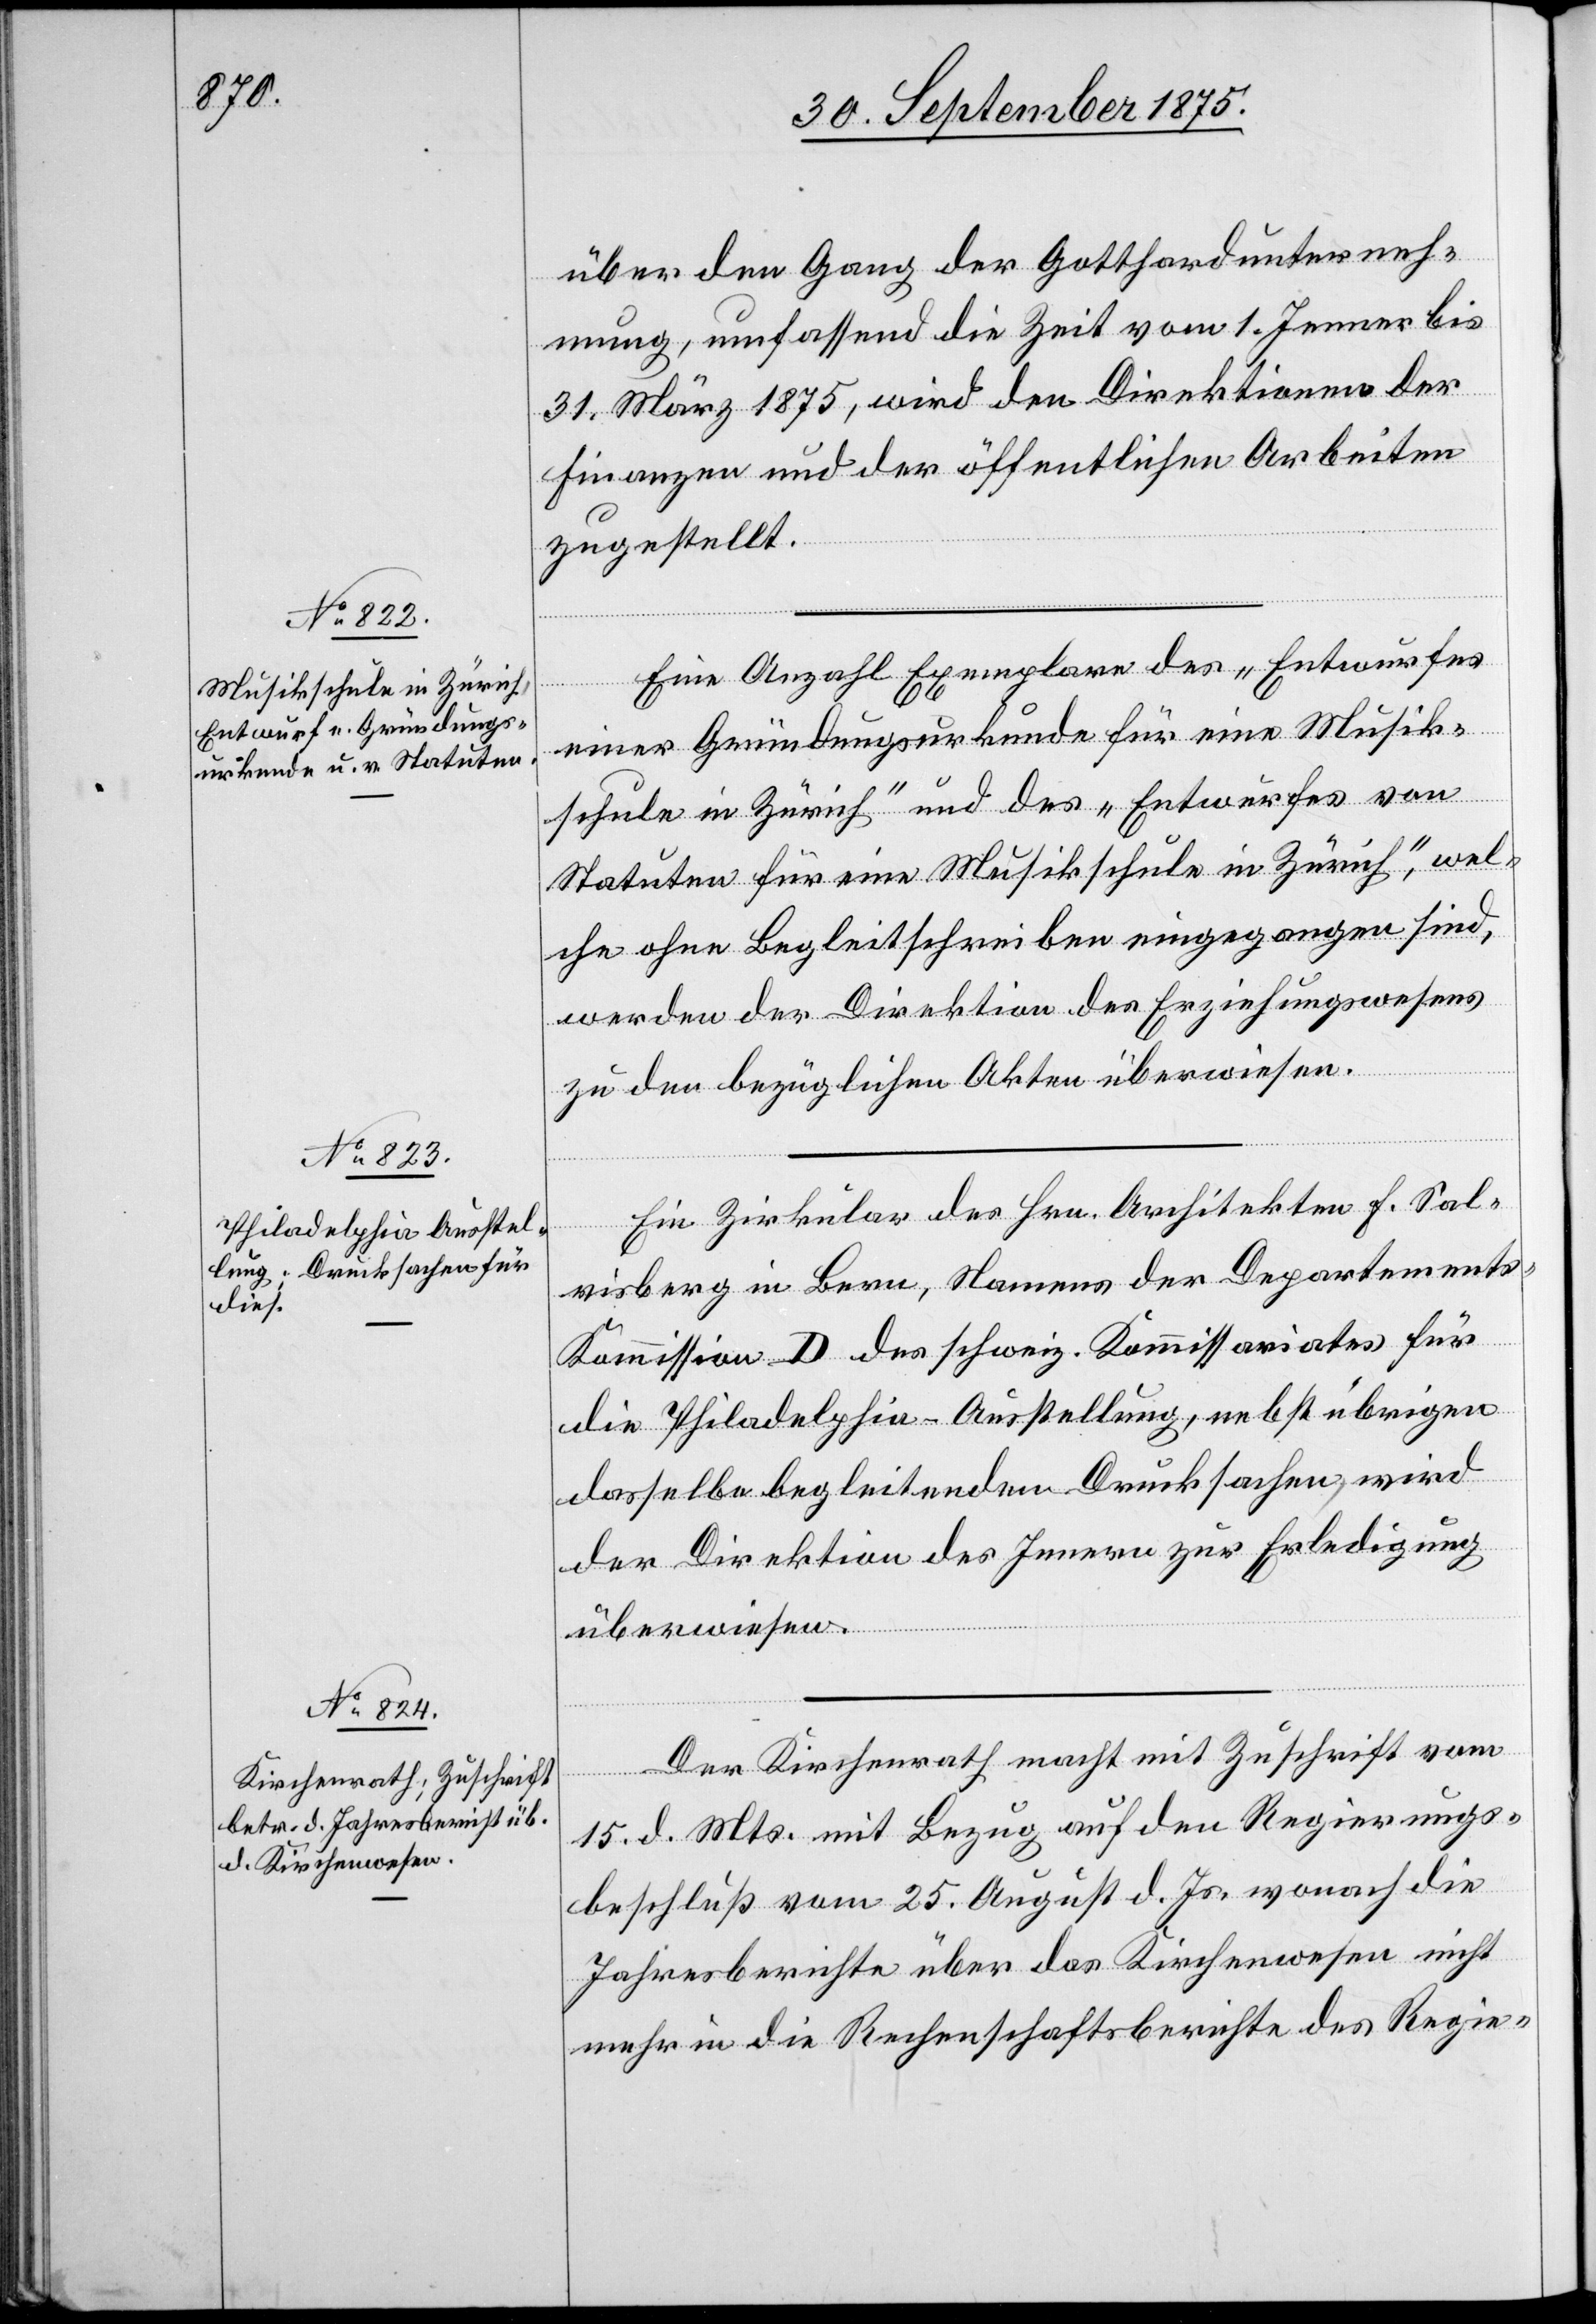
über den Gang der Gotthardunterneh¬
mung, umfassend die Zeit vom 1. Jenner bis
31. März 1875, wird den Direktionen der
Finanzen und der öffentlichen Arbeiten
zugestellt.
Eine Anzahl Exemplare des „Entwurfes
einer Gründungsurkunde für eine Musik¬
schule in Zürich“ und des „Entwurfes von
Statuten für eine Musikschule in Zürich“, wel¬
che ohne Begleitschreiben eingegangen sind,
werden der Direktion des Erziehungswesens
zu den bezüglichen Akten überwiesen.
Ein Zirkular des Hrn. Architekten F. Sal¬
visberg in Bern, Namens der Departement¬
s-Kommission D des schweiz. Kommissariates für
die Philadelphia-Ausstellung, nebst übrigen
dasselbe begleitenden Drucksachen, wird
der Direktion des Innern zur Erledigung
überwiesen.
Der Kirchenrath macht mit Zuschrift vom
15. d. Mts. mit Bezug auf den Regierungs¬
beschluß vom 25. August d. Js. wonach die
Jahresberichte über das Kirchenwesen nicht
mehr in die Rechenschaftsberichte des Regie-